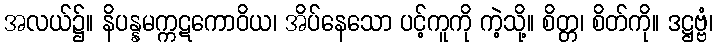
အလယ်၌။ နိပန္နမက္ကဋကောဝိယ၊ အိပ်နေသော ပင့်ကူကို ကဲ့သို့။ စိတ္တ၊ စိတ်ကို။ ဒဋ္ဌဗ္ဗံ၊